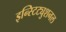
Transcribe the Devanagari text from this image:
इन्स्टिट्युशनल